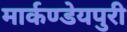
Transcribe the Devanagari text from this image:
मार्कण्डेयपुरी